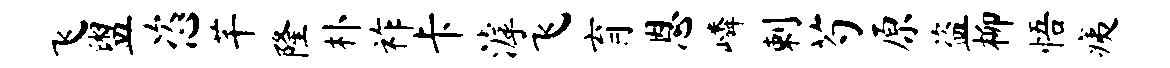
飞盥恣芊隆朴祚卡滹飞育恩嶙剌芍原盗柳悟痍